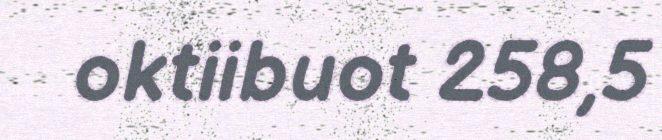
oktiibuot 258,5